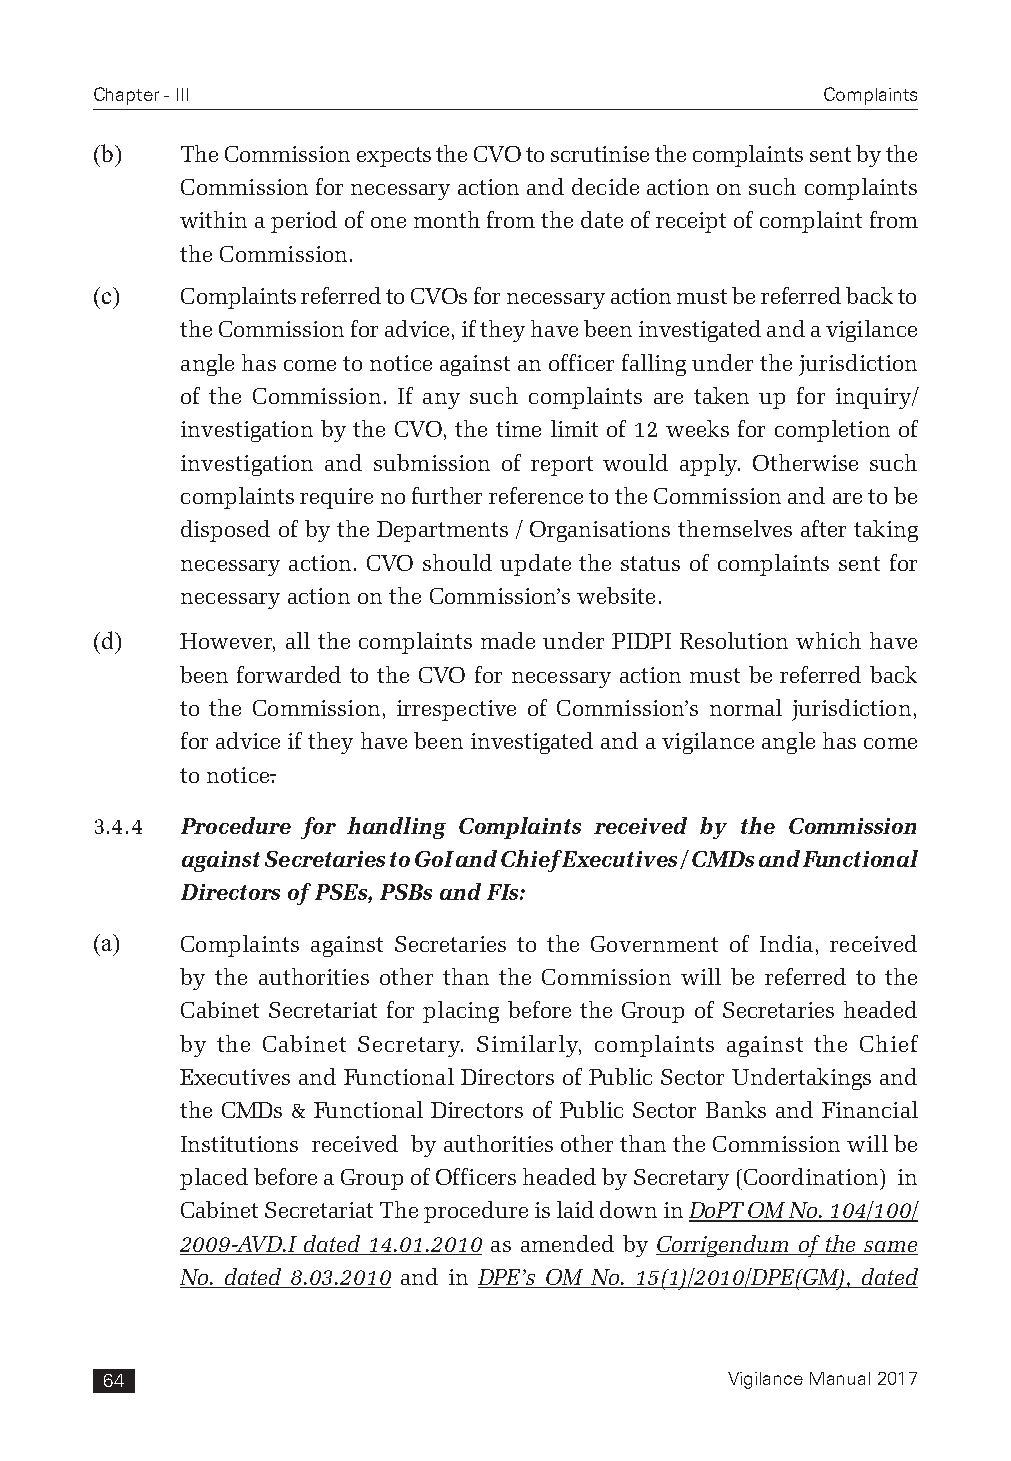
Chapter - III                                   Complaints
 (b)   The Commission expects the CVO to scrutinise the complaints sent by the
 Commission for necessary action and decide action on such complaints
 within a period of one month from the date of receipt of complaint from
 the Commission.
 (c)   Complaints referred to CVOs for necessary action must be referred back to
 the Commission for advice, if they have been investigated and a vigilance
 angle has come to notice against an officer falling under the jurisdiction
 of the Commission. If any such complaints are taken up for inquiry/
 investigation by the CVO, the time limit of 12 weeks for completion of
 investigation and submission of report would apply. Otherwise such
 complaints require no further reference to the Commission and are to be
 disposed of by the Departments / Organisations themselves after taking
 necessary action. CVO should update the status of complaints sent for
 necessary action on the Commission’s website.
 (d)   However, all the complaints made under PIDPI Resolution which have
 been forwarded to the CVO for necessary action must be referred back
 to the Commission, irrespective of Commission’s normal jurisdiction,
 for advice if they have been investigated and a vigilance angle has come
 to notice.
 3.4.4 Procedure for handling Complaints received by the Commission
 against Secretaries to GoI and Chief Executives / CMDs and Functional
 Directors of PSEs, PSBs and FIs:
 (a)   Complaints against Secretaries to the Government of India, received
 by the authorities other than the Commission will be referred to the
 Cabinet Secretariat for placing before the Group of Secretaries headed
 by the Cabinet Secretary. Similarly, complaints against the Chief
 Executives and Functional Directors of Public Sector Undertakings and
 the CMDs & Functional Directors of Public Sector Banks and Financial
 Institutions received by authorities other than the Commission will be
 placed before a Group of Officers headed by Secretary (Coordination) in
 Cabinet Secretariat The procedure is laid down in DoPT OM No. 104/100/
 2009-AVD.I dated 14.01.2010 as amended by Corrigendum of the same
 No. dated 8.03.2010 and in DPE’s OM No. 15(1)/2010/DPE(GM), dated
 64                                       Vigilance Manual 2017